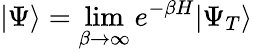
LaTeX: \vert\Psi\rangle=\operatorname*{lim}_{\beta\to\infty}e^{-\beta H}\vert\Psi_{T}\rangle